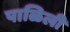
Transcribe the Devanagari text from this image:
पाळिली